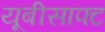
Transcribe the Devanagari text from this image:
यूबीसाफ्ट